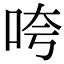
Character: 咵